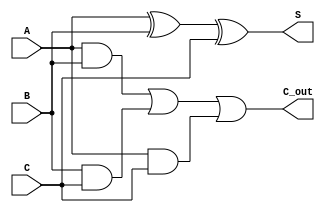
module CarrySaveAdder #(parameter n = 8) (
    input  [n-1:0] A,  // First input
    input  [n-1:0] B,  // Second input
    input  [n-1:0] C,  // Third input
    output [n-1:0] S,  // Sum output
    output [n-1:0] C_out // Carry output
);

    // Generate the Sum output using XOR gates
    assign S = A ^ B ^ C;

    // Generate the Carry output using AND-OR logic
    assign C_out = (A & B) | (B & C) | (A & C);

endmodule